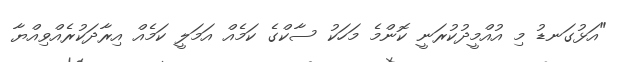
"އަޅުގަނޑު މި އުއްމީދުކުރަނީ ކޮންމެ މަހަކު ސާކްގެ ކަމެއް އަމަލީ ކަމެއް އިރާދަކުރެއްވިއްޔާ